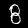
Digit: 8